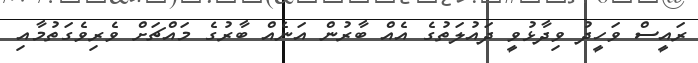
ރައީސް ވަހީދު ވިދާޅުވީ ދައުލަތުގެ އެއް ބާރުން އަނެއް ބާރުގެ މައްޗަށް ވެރިވެގަތުމާއި